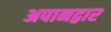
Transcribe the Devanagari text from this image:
अपानद्वार